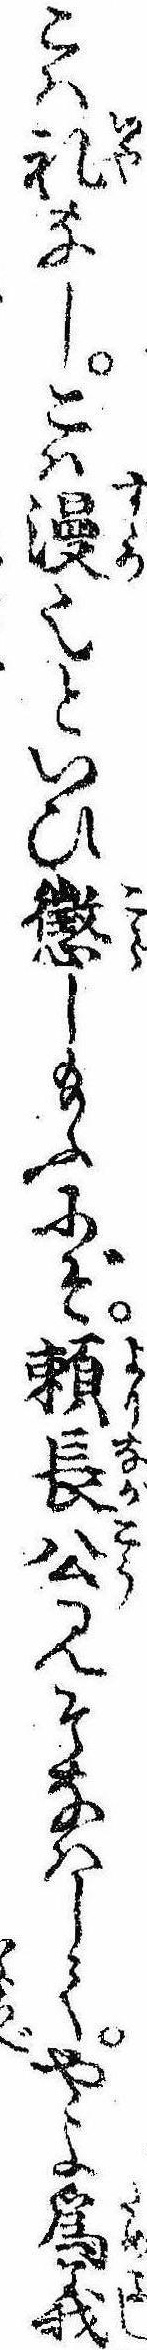
こは礼なしこは漫也といひ懲し給ふにぞ頼長公見そなはしてやよ為義